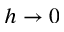
h \rightarrow 0